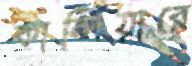
কান্দিয়ারে